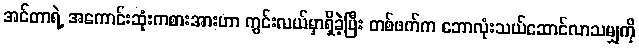
အင်တာရဲ့ အကောင်းဆုံးကစားအားဟာ ကွင်းလယ်မှာရှိခဲ့ပြီး တစ်ဖက်က ဘောလုံးသယ်ဆောင်လာသမျှကို